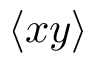
\langle x y \rangle